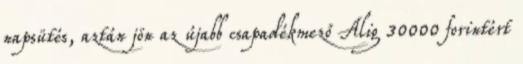
napsütés, aztán jön az újabb csapadékmező Alig 30000 forintért